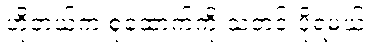
ဟိုတယ်က စုံထောက်ကို သတင်းပို့ရမယ်။